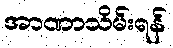
အာဏာသိမ်းရန်